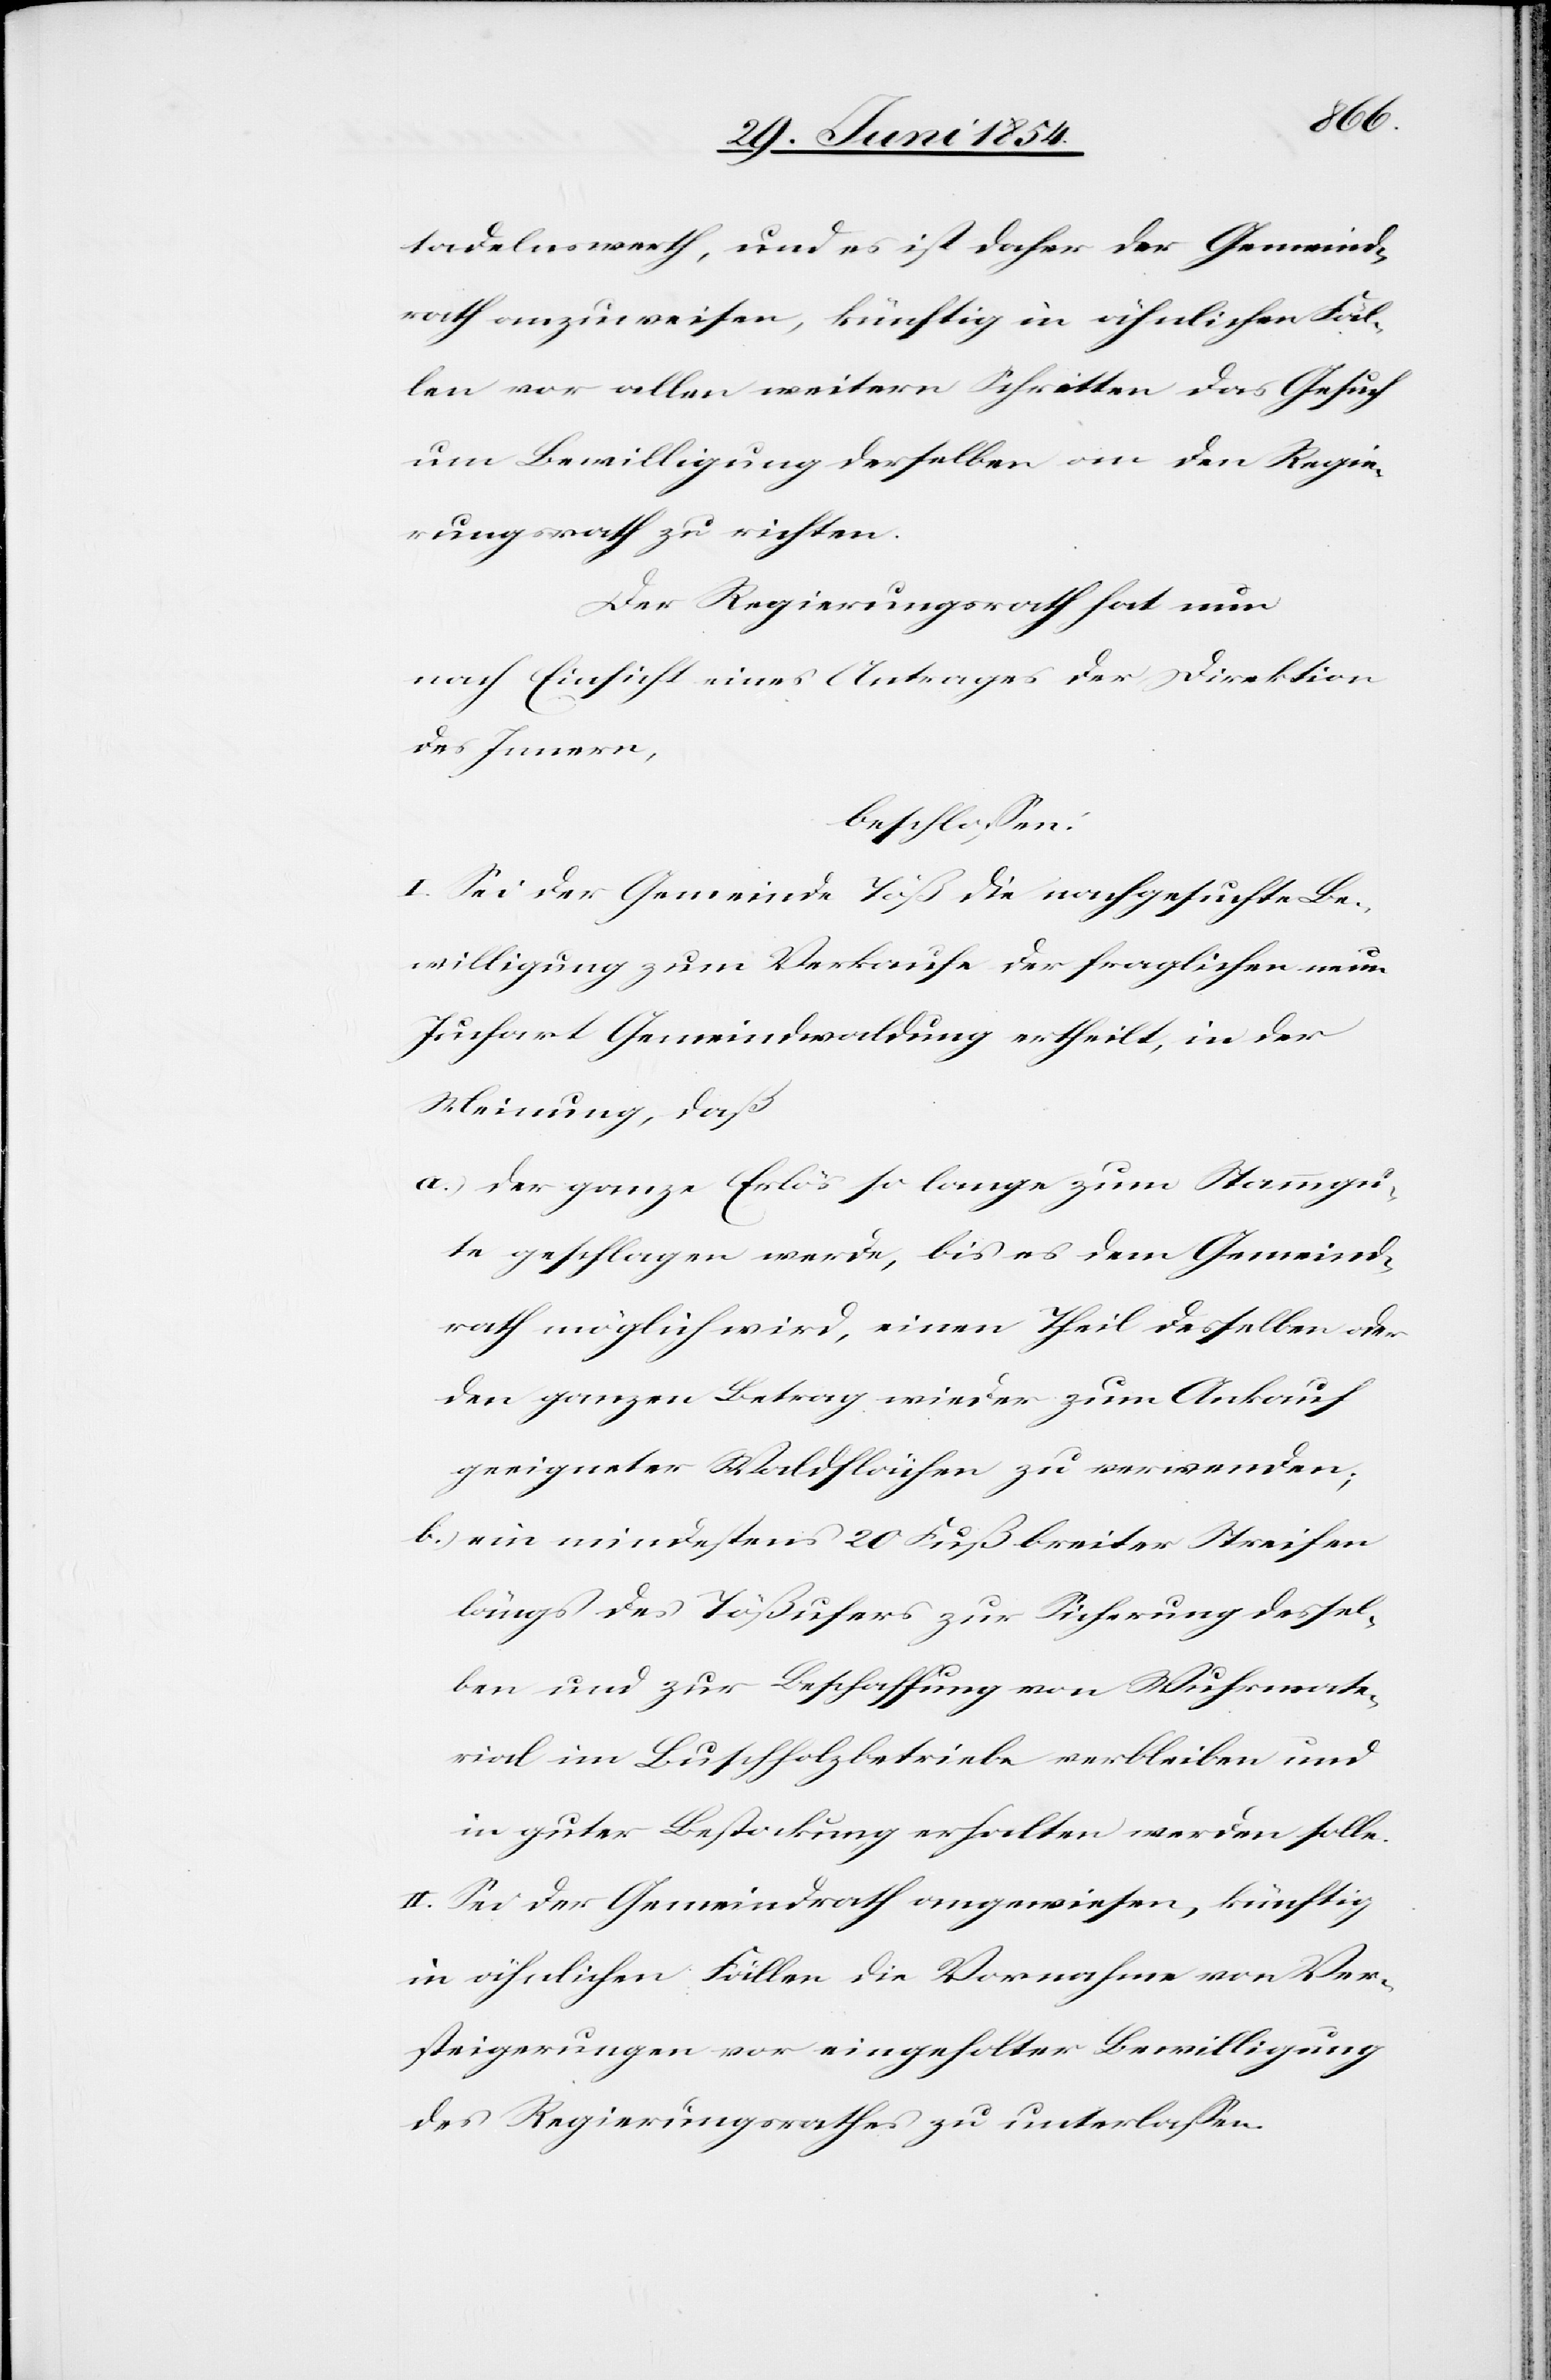
tadelnswerth, und es ist daher der Gemeind¬
rath anzuweisen, künftig in ähnlichen Fäl¬
len vor allen weitern Schritten das Gesuch
um Bewilligung derselben an den Regie¬
rungsrath zu richten.
Der Regierungsrath hat nun
nach Einsicht eines Antrages der Direktion
des Innern,
beschloßen:
I. Sei der Gemeinde Töß die nachgesuchte Be¬
willigung zum Verkaufe der fraglichen neuen
Juchart Gemeindswaldung ertheilt, in der
Meinung, daß
a.) der ganze Erlös so lange zum Stammgu¬
te geschlagen werden, bis es dem Gemeind¬
rath möglich wird, einen Theil desselben oder
den ganzen Betrag wieder zum Ankauf
geeigneter Waldflächen zu verwenden;
b.) ein mindestens 20 Fuß breiter Streifen
längs des Tößufers zur Sicherung dessel¬
ben und zur Beschaffung von Wuhrmate¬
rial im Buschholzbetreibe verbleiben und
in guter Bestockung erhalten werden solle.
II. Sei der Gemeindrath angewiesen, künftig
in ähnlichen Fällen die Vornahme von Ver¬
steigerungen vor eingeholter Bewilligung
des Regierungsrathes zu unterlaßen.